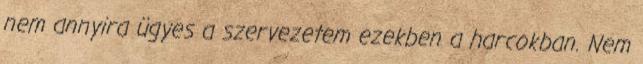
nem annyira ügyes a szervezetem ezekben a harcokban. Nem